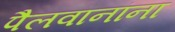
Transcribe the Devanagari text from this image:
पैलवानांना